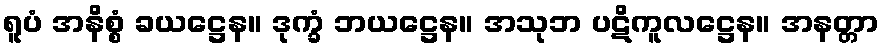
ရူပံ အနိစ္စံ ခယဋ္ဌေန။ ဒုက္ခံ ဘယဋ္ဌေန။ အသုဘ ပဋိကူလဋ္ဌေန။ အနတ္တာ